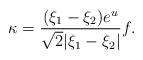
LaTeX: \begin{align*} \kappa = \frac{(\xi_1- \xi_2) e^{u}}{\sqrt{2} | \xi_1 - \xi_2|}f. \end{align*}